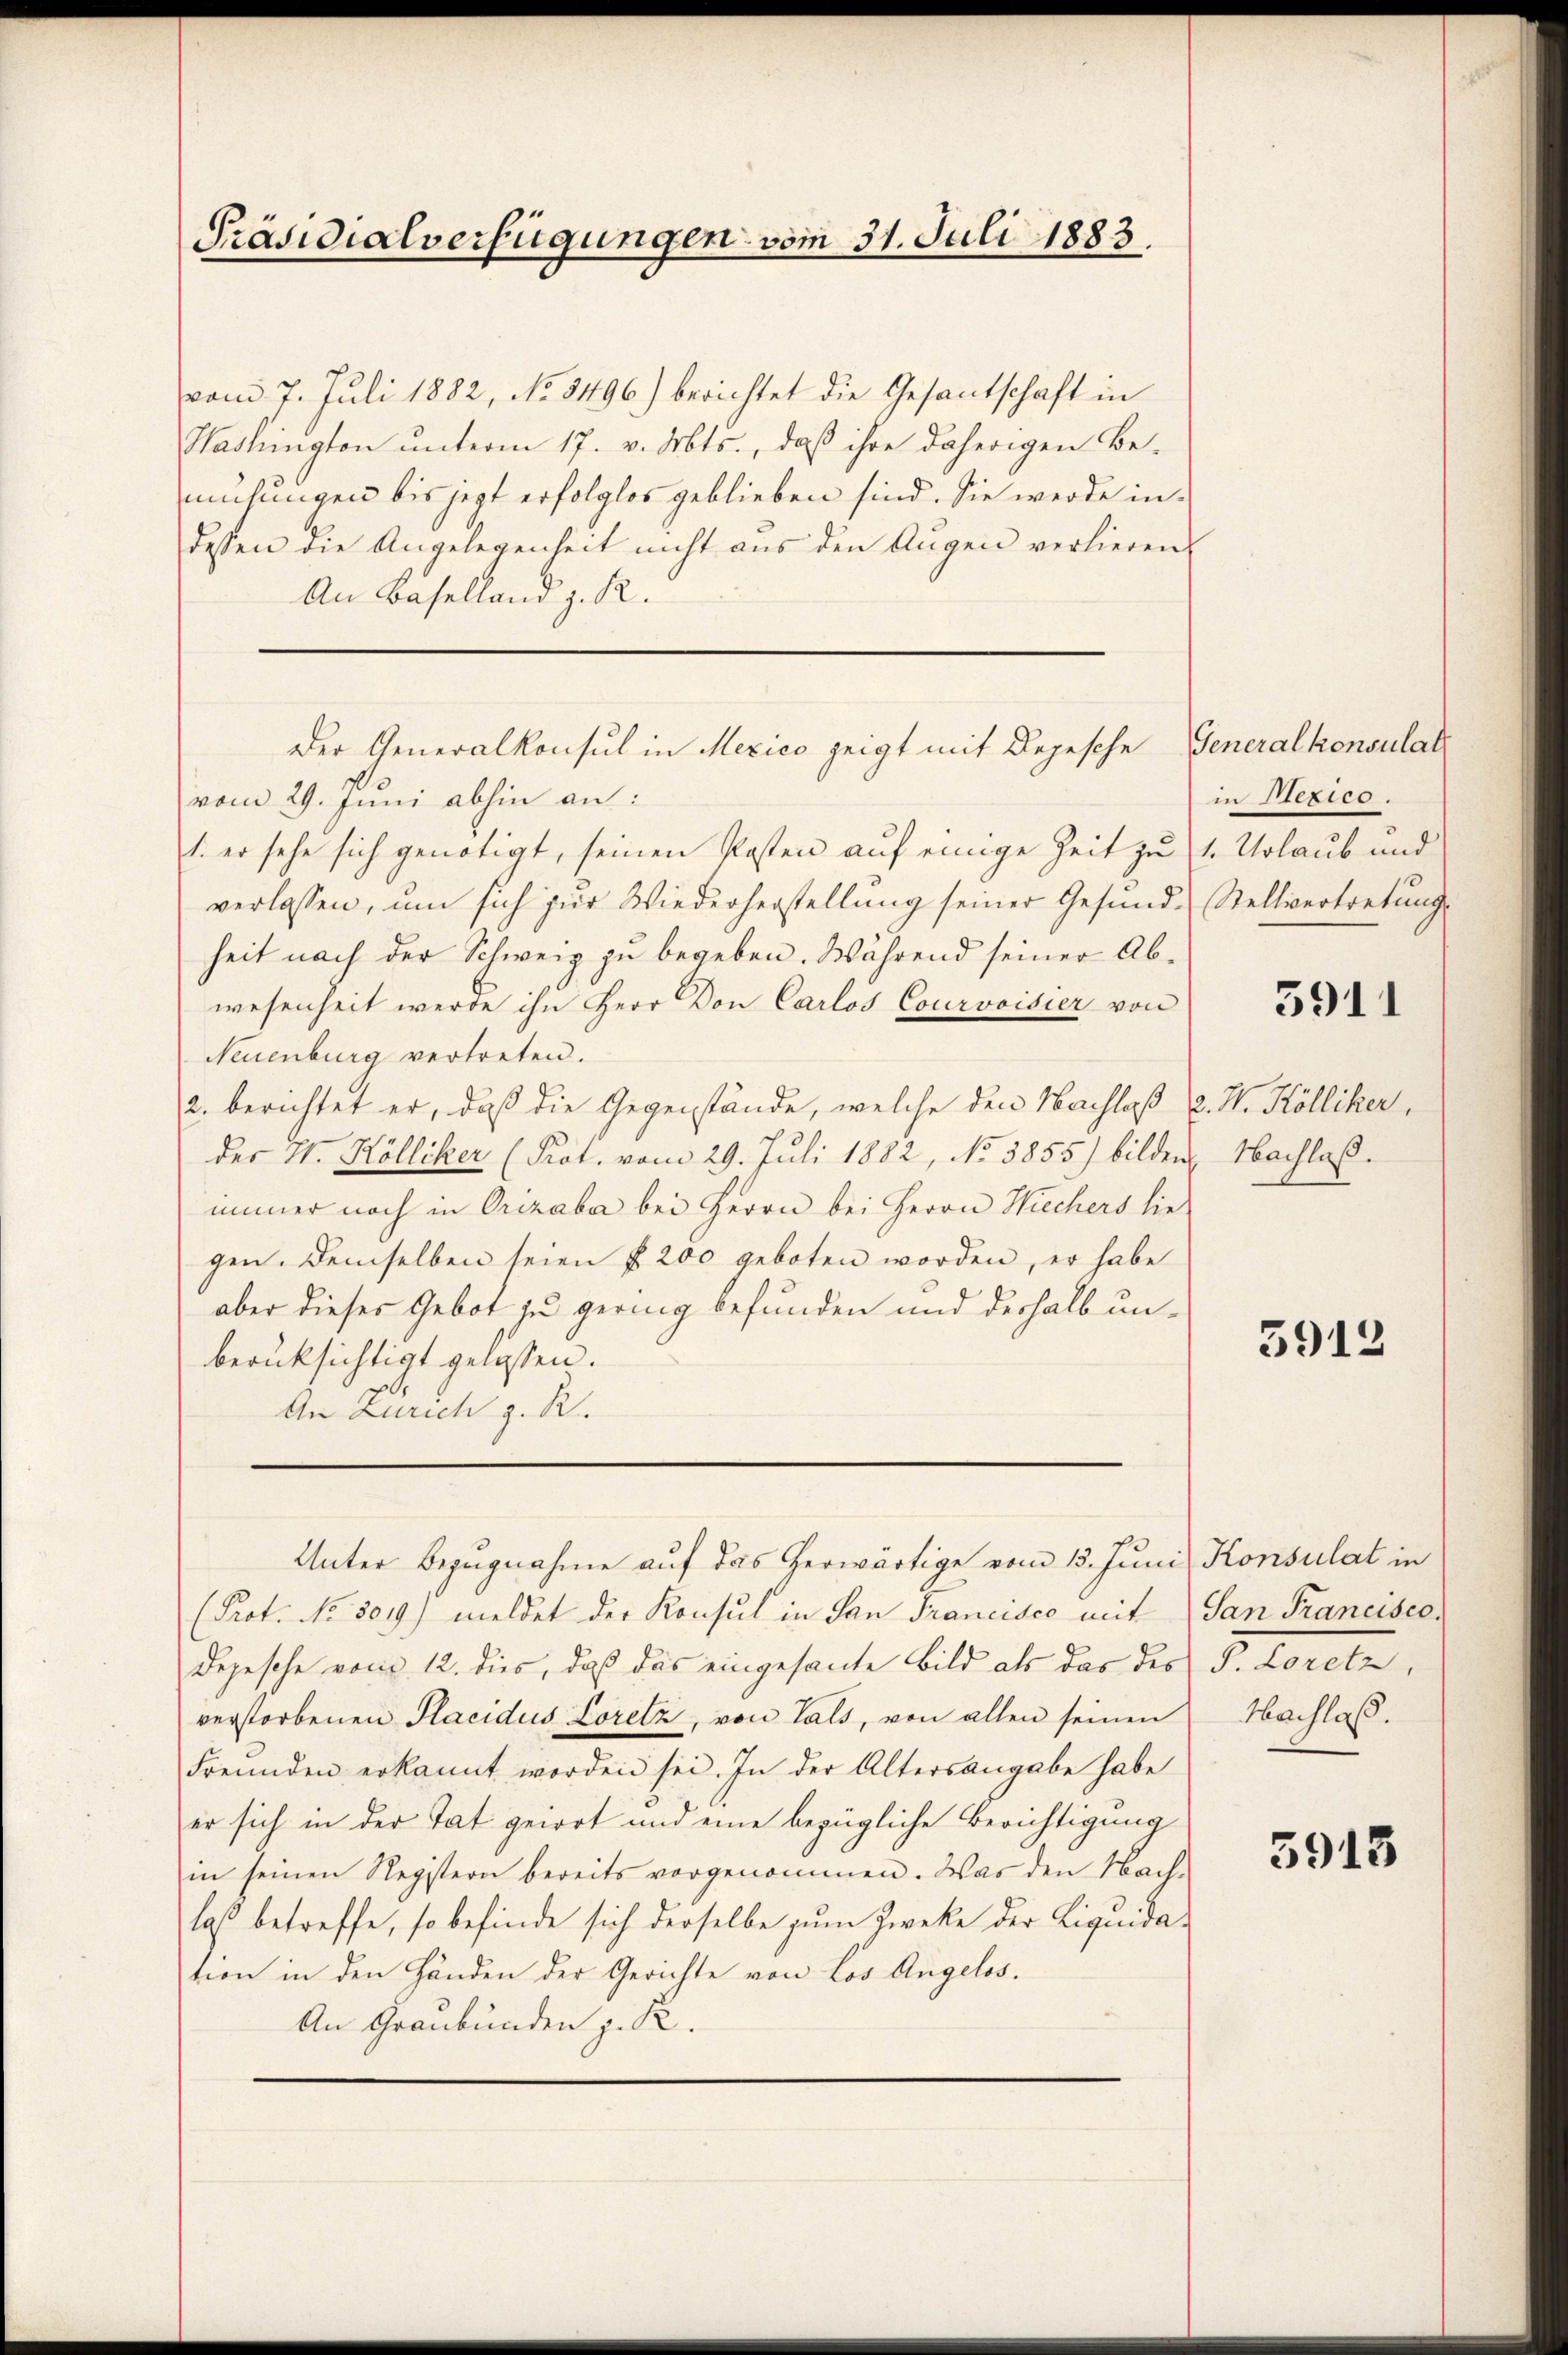
Präsidialverfügungen vom 31. Juli 1883

vom 7. Juli 1882, No 3496) berichtet die Gesantschaft in
Washington unterm 17. v. Mts., daß ihre daherigen Bemühungen bis jetzt erfolglos geblieben sind. Sie werde indessen die Angelegenheit nicht aus den Augen verlieren.
An Baselland z. R.
vom 29. Juni abhin an:
1. er sehe sich genötigt, seinen Kosten auf einige Zeit zu 1. Urlaub und
verlassen, ŭm sich zŭr Wiederherstellŭng seiner Gesŭnd-Stellvertretŭngs
heit nach der Schweiz zu begeben. Während seiner Abwesenheit werde ihn Herr Don Carlos Courvoisier von
Neuenburg vertreten.
2. berichtet er, daß die Gegenstände, welche den Nachlaß v. M. Kölliker,
der H. Kölliker (Kot. vom 29. Juli 1882, No 3855) bilden
immer noch in Orizaba bei Herrn bei Herrn Wiechers hie
gen. Demselben seien f. 200 geboten worden, er habe
aber dieses Gebot zu gering befunden und deshalb unberüksichtigt gelassen.
An Zürich z. R.

Der Generalkonsul in Mexico zeigt mit Depesche

(Prot. No 3019.) meldet der Konsul in San Francisco mit San Francisce
Depesche vom 12. dies, daß das eingesante Bild als das der P. Loretz
verstorbenen Placidus Loretz, von Tals, von allen seinen Nachlass.
Freunden erkannt worden sei. In der Altersangabe habe
er sich in der Tat geirrt und eine bezügliche Berichtigung
in seinen Registern bereits vorgenommen. Was den Nach-
laß betreffe, so befinde sich derselbe zum Zwecke der Liquidation in den Händen der Gerichte von Los Angelos.
An Graubünden z. R.

Unter Bezŭgnahme aŭf das herwärtige vom 15. Juni Konsulat in

Generalkonsulat
in Mexico.

3911

Nachlaß.

5912

5913